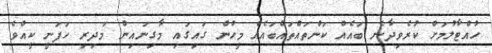
ހުއްޓާލުމަށް ކުރެވިދާނެ ބައެއް ކަންތައްތައްބައެއް މީހުން ގައިގައި މާގިނައިން މަދިރި ހަފަނީ ކީއްވެ